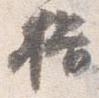
揖